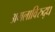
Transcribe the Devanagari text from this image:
अमलाविरुद्ध